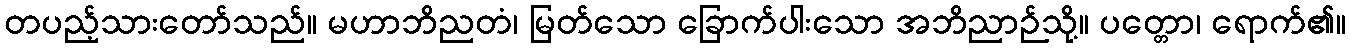
တပည့်သားတော်သည်။ မဟာဘိညတံ၊ မြတ်သော ခြောက်ပါးသော အဘိညာဉ်သို့။ ပတ္တော၊ ရောက်၏။